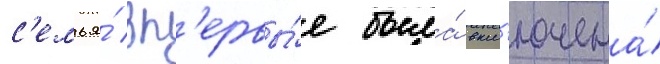
с'емья́ вп'ервы́е была́ вкл'ючена́